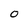
Character: 0